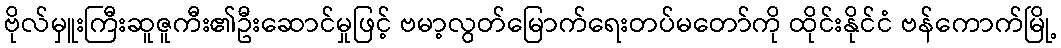
ဗိုလ်မှူးကြီးဆူဇူကီး၏ဦးဆောင်မှုဖြင့် ဗမာ့လွတ်မြောက်ရေးတပ်မတော်ကို ထိုင်းနိုင်ငံ ဗန်ကောက်မြို့